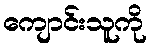
ကျောင်းသူကို